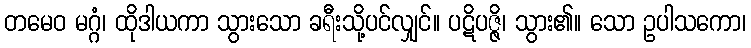
တမေဝ မဂ္ဂံ၊ ထိုဒါယကာ သွားသော ခရီးသို့ပင်လျှင်။ ပဋိပဇ္ဇိ၊ သွား၏။ သော ဥပါသကော၊